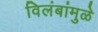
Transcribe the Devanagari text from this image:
विलंबांमुळे